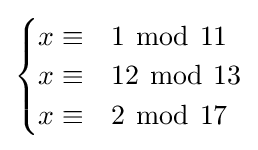
{\begin{cases}x\equiv &1\ {\bmod {\ }}11\\x\equiv &12\ {\bmod {\ }}13\\x\equiv &2\ {\bmod {\ }}17\\\end{cases}}